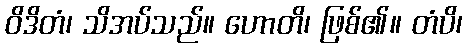
ဝိဒိတံ၊ သိအပ်သည်။ ဟောတိ၊ ဖြစ်၏။ တံပိ၊